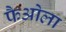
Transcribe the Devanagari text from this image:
फैओला